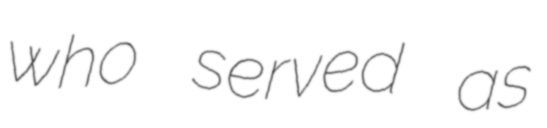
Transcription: who served as